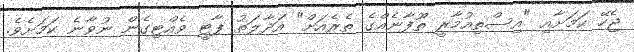
ޖެހޭ ކަމަށާއި "އިސްތިއުމާރީ ތޫފާނެއްގެ ތެރެއަށް" އަދާލަތު ޕާޓީ ވެއްޓިގެން ނުވާނެ ކަމަށެވެ.